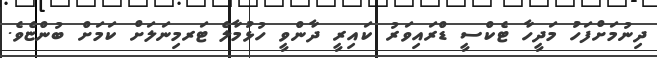
ދިނުމަށްފަހު މަދީހާ ޓެކްސީ ޑްރައިވަރު ކައިރީ ދާންވީ ހުޅުމާލެ ޓަރމިނަލަށް ކަަމަށް ބުންޏެވެ.